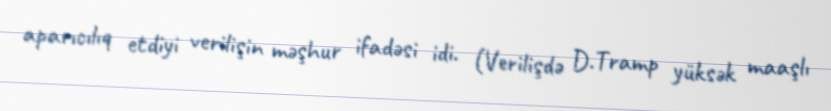
aparıcılıq etdiyi verilişin məşhur ifadəsi idi. (Verilişdə D.Tramp yüksək maaşlı